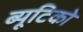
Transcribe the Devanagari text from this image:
ब्यूटिको